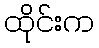
ထိုင်းက